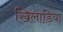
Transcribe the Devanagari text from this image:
खिलाड़िया